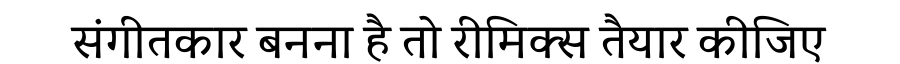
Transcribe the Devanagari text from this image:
संगीतकार बनना है तो रीमिक्स तैयार कीजिए